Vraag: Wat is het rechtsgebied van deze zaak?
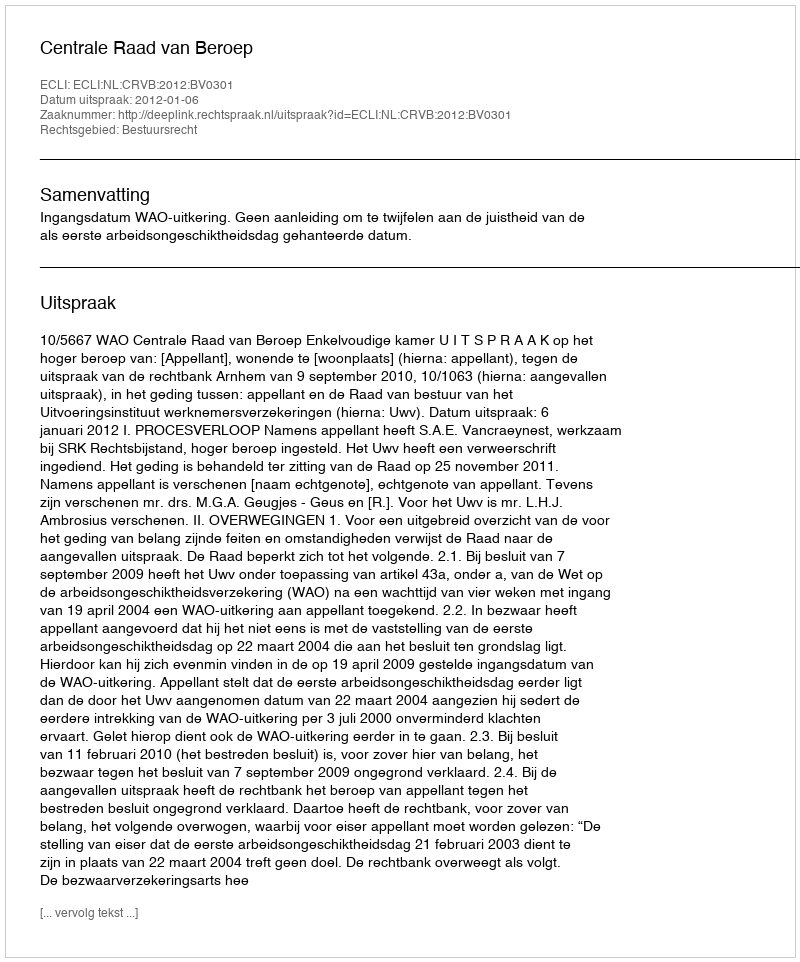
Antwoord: Bestuursrecht